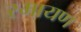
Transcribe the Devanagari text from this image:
रमायण